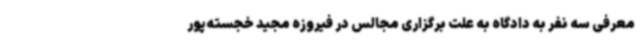
معرفی سه نفر به دادگاه به علت برگزاری مجالس در فیروزه مجید خجسته‌پور